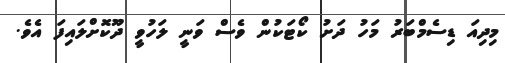
މިދިއަ ޑިސެމްބަރު މަހު ދަށު ކޯޓަކުން ވެސް ވަނީ ލަހުވީ ދޫކޮށްލައިފަ އެވެ.